Annual report of the Prince of Wales Medical College, Patna
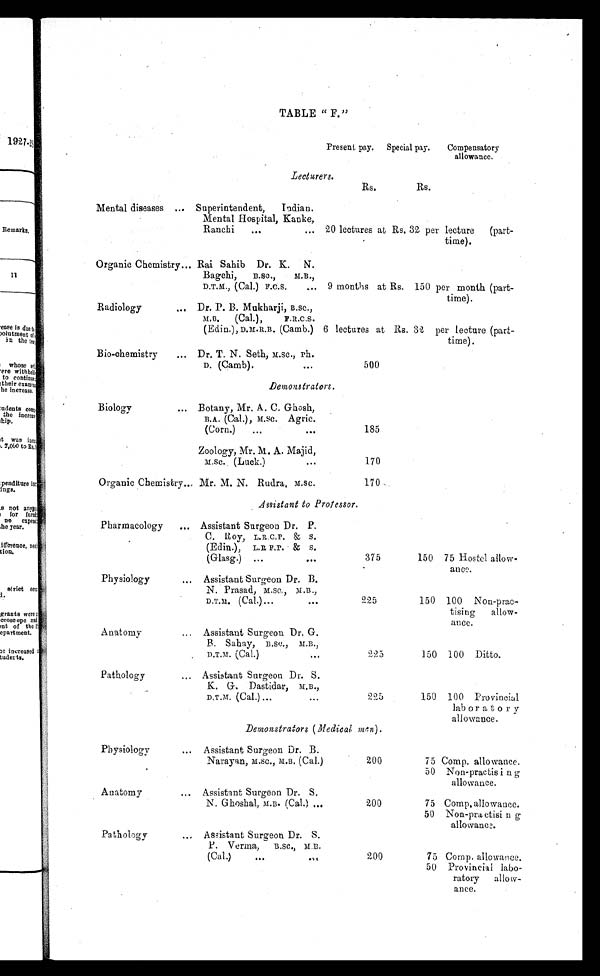
TABLE "F."
Present pay. Special pay.
Compensatory
allowance.
Lecturers.
Rs.
Rs.
Mental diseases ... Superintendent, Indian.
Mental Hospital, Kanke,
Ranchi ... ... 20 lectures at Rs. 32 per lecture (part-
time).
Organic Chemistry ... Rai Sahib Dr. K. N.
Bagchi, B.SC., M.B.,
D.T.M., (Cal.) F.C.S. ... 9 months at Rs. 150 per month (part-
time).
Radiology
... Dr. P. B. Mukharji, B.SC.,
M.B. (Cal.), F.R.C.S.
(Edin.), D.M.R.B. (Camb.) 6 lectures at Rs. 32 per lecture (part-
time).
Bio-chemistry
... Dr. T. N. Seth, M.SC., Ph.
D. (Camb). ...
500
Demonstrators.
Biology
... Botany, Mr. A. C. Ghosh,
B.A. (Cal.), M.SC. Agric.
(Corn.) ... ...
185
Zoology, Mr. M. A. Majid,
M.SC. (Luck.) ...
170
Organic Chemistry ... Mr. M. N. Rudra, M.SC.
170
Assistant to Professor.
Pharmacology
... Assistant Surgeon Dr. P.
C. Roy, L.R.C.P. & S.
(Edin.), L.R.F.P. & S.
(Glasg.) ... ...
375
150 75 Hostel allow-
ance.
Physiology
... Assistant Surgeon Dr. B.
N. Prasad, M.SC., M.B.,
D.T.M. (Cal.)... ...
225
150 100 Non-prac-
tising allow-
ance.
Anatomy
... Assistant Surgeon Dr. G.
B. Sahay, B,SC., M.B.,
D.T.M. (Cal.) ...
225
150 100 Ditto.
Pathology
... Assistant Surgeon Dr. S.
K. G. Dastidar, M,B.,
D.T.M. (Cal.) ... ...
225
150 100 Provincial
laboratory
allowance.
Demonstrators ( Medical men).
Physiology
... Assistant Surgeon Dr. B.
Narayan, M.SC., M.B. (Cal.)
200
75 Comp. allowance.
50 Non-practising
allowance.
Anatomy
... Assistant Surgeon Dr. S.
N. Ghoshal, M.B. (Cal.) ...
200
75 Comp. allowance.
50 Non-practising
allowance.
Pathology
... Assistant Surgeon Dr. S.
P. Verma, B.SC., M.B.
(Cal.) ... ...
200
75 Comp. allowance.
50 Provincial labo-
ratory allow-
ance.